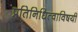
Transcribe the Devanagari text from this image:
प्रतिनिधित्वाविषयी